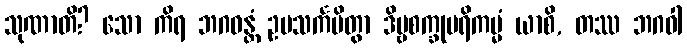
သုဏာတိ? သော ကိရ ဘဂဝန္တံ ဥပသင်္ကမိတွာ ဒိဗ္ဗစက္ခုပရိကမ္မံ ယာစိ, တဿ ဘဂဝါ